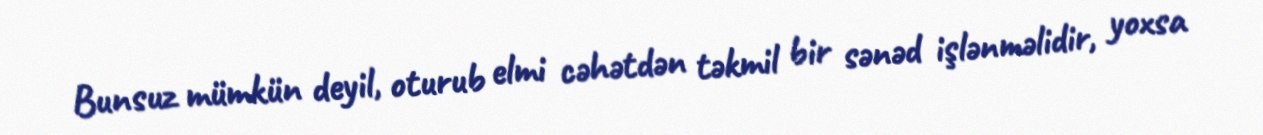
Bunsuz mümkün deyil, oturub elmi cəhətdən təkmil bir sənəd işlənməlidir, yoxsa